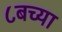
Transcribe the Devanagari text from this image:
८बच्या